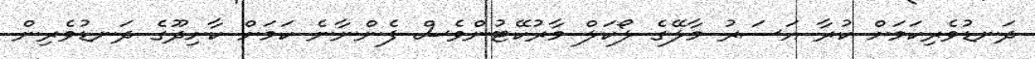
ދަނޑުވެރިކަމަށް ކުރާ އަސަރު މާލޭގެ ލޯކަލް މާރުކޭޓުންވެސް ފެންނާނެ ކަމަށް ކާށިދޫގެ ދަނޑުވެރިން